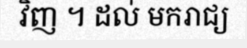
វិញ ។ ដល់ មករាជ្យ